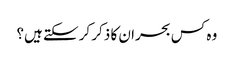
وہ کس بحران کا ذکر کرسکتے ہیں؟